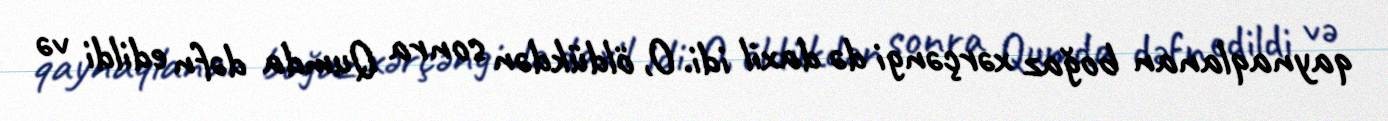
qaynaqlanan boğaz xərçəngi də daxil idi. O, öldükdən sonra Qumda dəfn edildi və